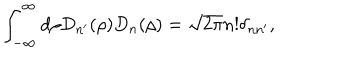
\int _ { - \infty } ^ { \infty } d \rho D _ { n ^ { \prime } } ( \rho ) D _ { n } ( \rho ) = \sqrt { 2 \pi } n ! \delta _ { n n ^ { \prime } } ,